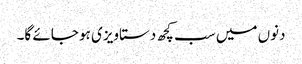
دنوں میں سب کچھ دستاویزی ہو جائے گا۔